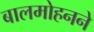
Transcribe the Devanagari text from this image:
बालमोहनने